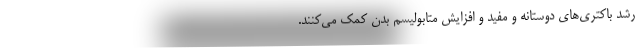
رشد باکتری‌های دوستانه و مفید و افزایش متابولیسم بدن کمک می‌کنند.